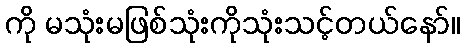
ကို မသုံးမဖြစ်သုံးကိုသုံးသင့်တယ်နော်။